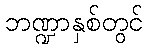
ဘဏ္ဍာနှစ်တွင်